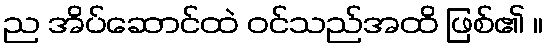
ည အိပ်ဆောင်ထဲ ဝင်သည်အထိ ဖြစ်၏ ။